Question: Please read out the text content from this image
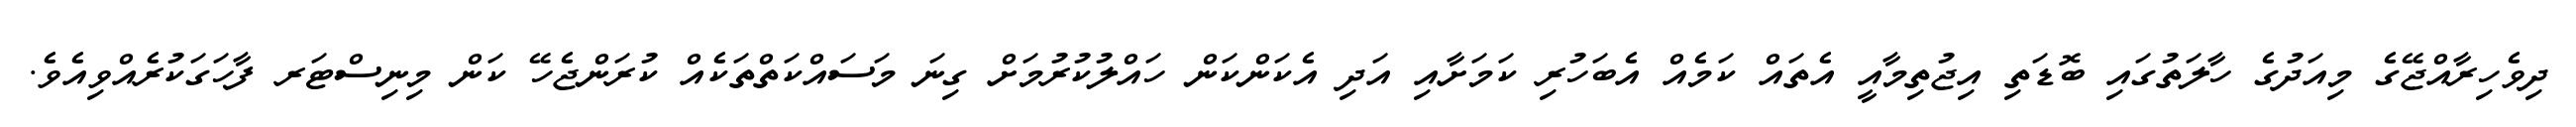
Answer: ދިވެހިރާއްޖޭގެ މިއަދުގެ ހާލަތުގައި ބޮޑަތި އިޖުތިމާއީ އެތައް ކަމެއް އެބަހުރި ކަމަށާއި އަދި އެކަންކަން ހައްލުކުރުމަށް ގިނަ މަސައްކަތްތަކެއް ކުރަންޖެހޭ ކަން މިނިސްޓަރ ފާހަގަކުރެއްވިއެވެ.